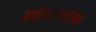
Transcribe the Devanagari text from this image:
अर्थव्यवस्थांच्या